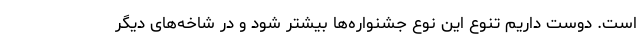
است. دوست داریم تنوع این نوع جشنواره‌ها بیشتر شود و در شاخه‌های دیگر